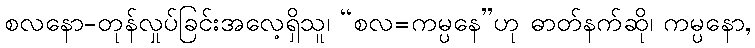
စလနော-တုန်လှုပ်ခြင်းအလေ့ရှိသူ၊ “စလ=ကမ္ပနေ”ဟု ဓာတ်နက်ဆို၊ ကမ္ပနော,